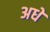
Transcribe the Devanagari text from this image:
अधे